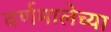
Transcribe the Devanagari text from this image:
वर्णमालेच्या